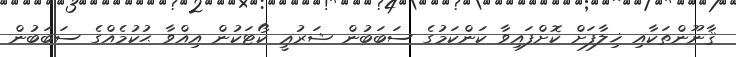
ޤާނޫންތަކާއި ޚިލާފަށް ކޮށްފައިވާ ކަންކަމުގެ ސަބަބުން ޝަރުޢީ ކޯޓަކުން އިއްވާ ޙުކުމެއްގެ ސަބަބުން